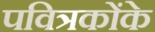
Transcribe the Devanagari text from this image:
पवित्रकोंके